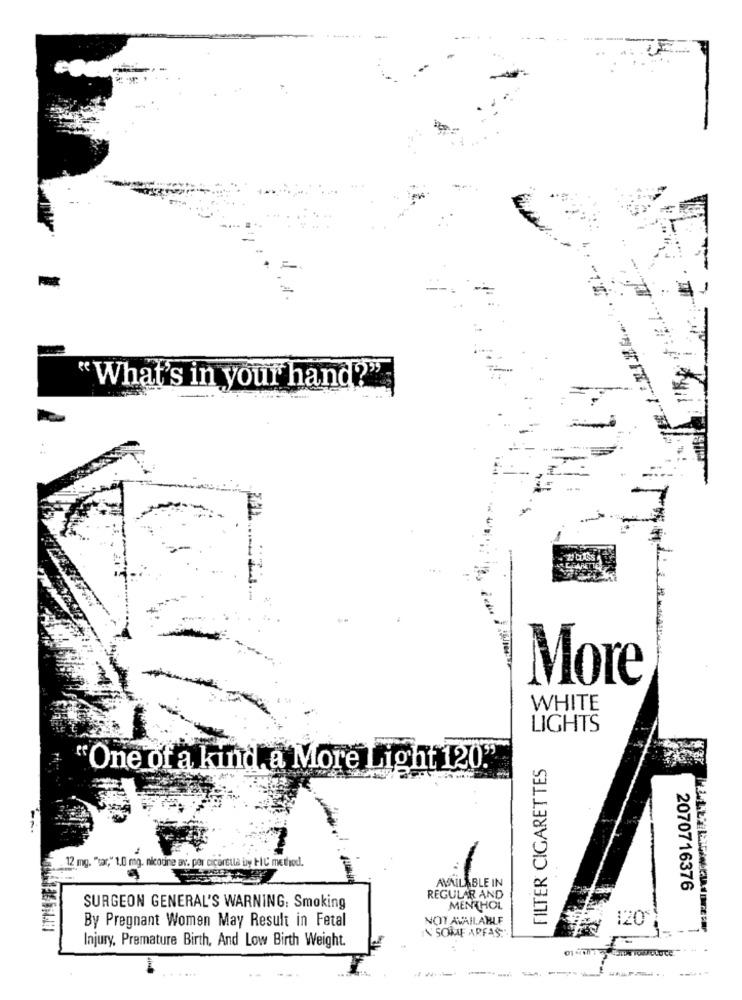
"What's in your hand
More
WHITE
LIGHTS
FILTER CIGARETTES
'One of a kind a More Light 120."
12 mg. "sar," 1.0 mg. nicotine av. per ciceretta by HC metrod.
AVAILABLE IN
2070716376
REGULAR AND
SURGEON GENERAL'S WARNING: Smoking
MENTHOL
By Pregnant Women May Result in Fetal
NOT AVAILABLE
120"1
N' SOME ARFAS
Injury, Premature Birth, And Low Birth Weight.